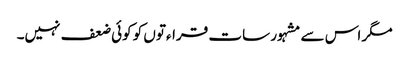
مگر اس سے مشہور سات قراءتوں کو کوئی ضعف نہیں۔